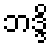
ဘဒ္ဒိ